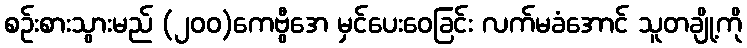
စဉ်းစားသွားမည် (၂၀၀)ကေဗွီအေ မှင်ပေးဝေခြင်း လက်မခံအောင် သူတချို့ကို